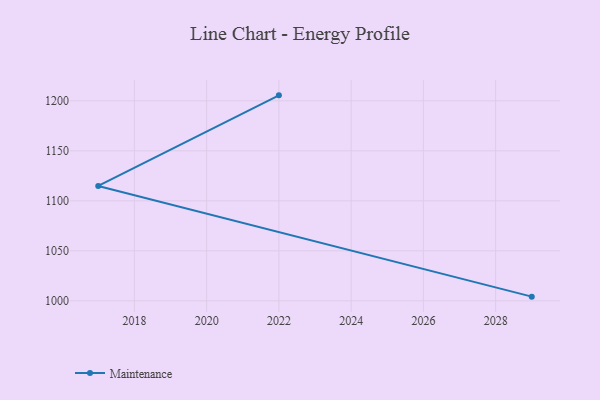
{"axis": {"x": "Year", "y": "Production Output"}, "legend": ["Maintenance"], "data": [{"x": "2029", "y": 1004.2, "type": "Maintenance"}, {"x": "2017", "y": 1114.9, "type": "Maintenance"}, {"x": "2022", "y": 1205.5, "type": "Maintenance"}]}